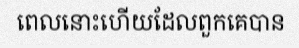
ពេលនោះហើយដែលពួកគេបាន